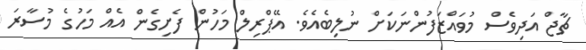
ޗާޖް އަދިވެސް މުވައްޒަފުންނަކަށް ނުލިބެއެވެ. އޭޕްރިލް މަހުން ފެށިގެން އެއް މަހުގެ މުސާރަ